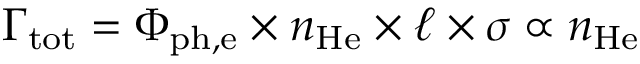
\Gamma _ { \mathrm { t o t } } = \Phi _ { \mathrm { p h , e } } \times n _ { \mathrm { H e } } \times \ell \times \sigma \propto n _ { \mathrm { H e } }